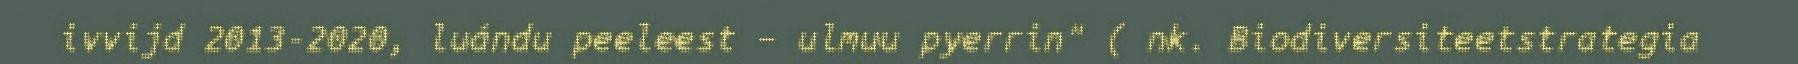
ivvijd 2013-2020, luándu peeleest – ulmuu pyerrin" ( nk. Biodiversiteetstrategia